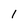
Character: 1